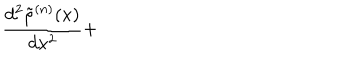
LaTeX: \frac { d ^ { 2 } \tilde { \rho } ^ { ( n ) } ( x ) } { d x ^ { 2 } } +